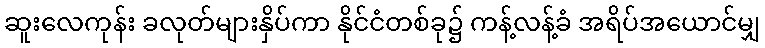
ဆူးလေကုန်း ခလုတ်များနှိပ်ကာ နိုင်ငံတစ်ခု၌ ကန့်လန့်ခံ အရိပ်အယောင်မျှ